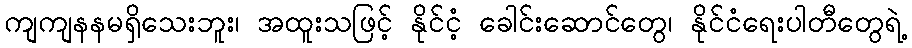
ကျကျနနမရှိသေးဘူး၊ အထူးသဖြင့် နိုင်ငံ့ ခေါင်းဆောင်တွေ၊ နိုင်ငံရေးပါတီတွေရဲ့